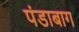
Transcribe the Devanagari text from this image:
पंडाबाग